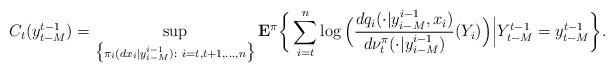
LaTeX: \begin{align*}&C_t(y^{t-1}_{t-M})=\sup_{\big\{ {\pi}_i(dx_i|y_{i-M}^{i-1}):~i=t,t+1,\ldots,n\big\}}{\bf E}^{\pi}\bigg\{\sum_{i=t}^n\log\Big(\frac{d{q}_i(\cdot|y^{i-1}_{i-M}, x_i)}{d\nu^\pi_t(\cdot|y^{i-1}_{i-M})}(Y_i)\Big)\Big{|}Y^{t-1}_{t-M}=y^{t-1}_{t-M}\bigg\}.\end{align*}